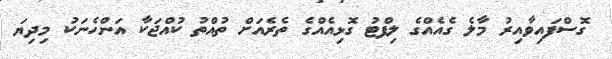
ގޮސްފައިވާއިރު މާލެ ގެއެއްގެ ލިފްޓު ގޮޅިއެއްގެ ތެރެއަށް ތުއްތު ކުއްޖަކާ އަންހެނަކު މިދިޔަ